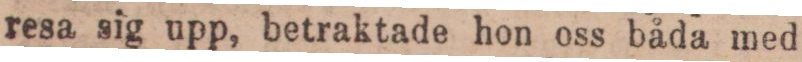
resa sig upp, betraktade hon oss båda med